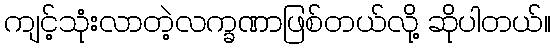
ကျင့်သုံးလာတဲ့လက္ခဏာဖြစ်တယ်လို့ ဆိုပါတယ်။